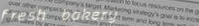
fresh bakery